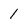
Character: 1